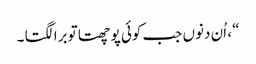
“ ، اُن دنوں جب کوئی پوچھتا تو برا لگتا ۔